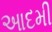
આદમી